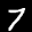
Digit: 7